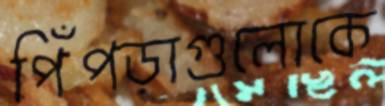
পিঁপড়াগুলোকে